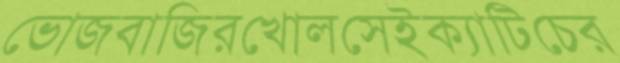
ভোজবাজিরখোলসেইক্যাটিচের